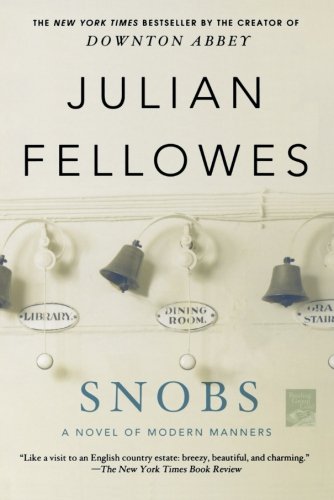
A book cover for Snobs; Julian Fellowes; Literature & Fiction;